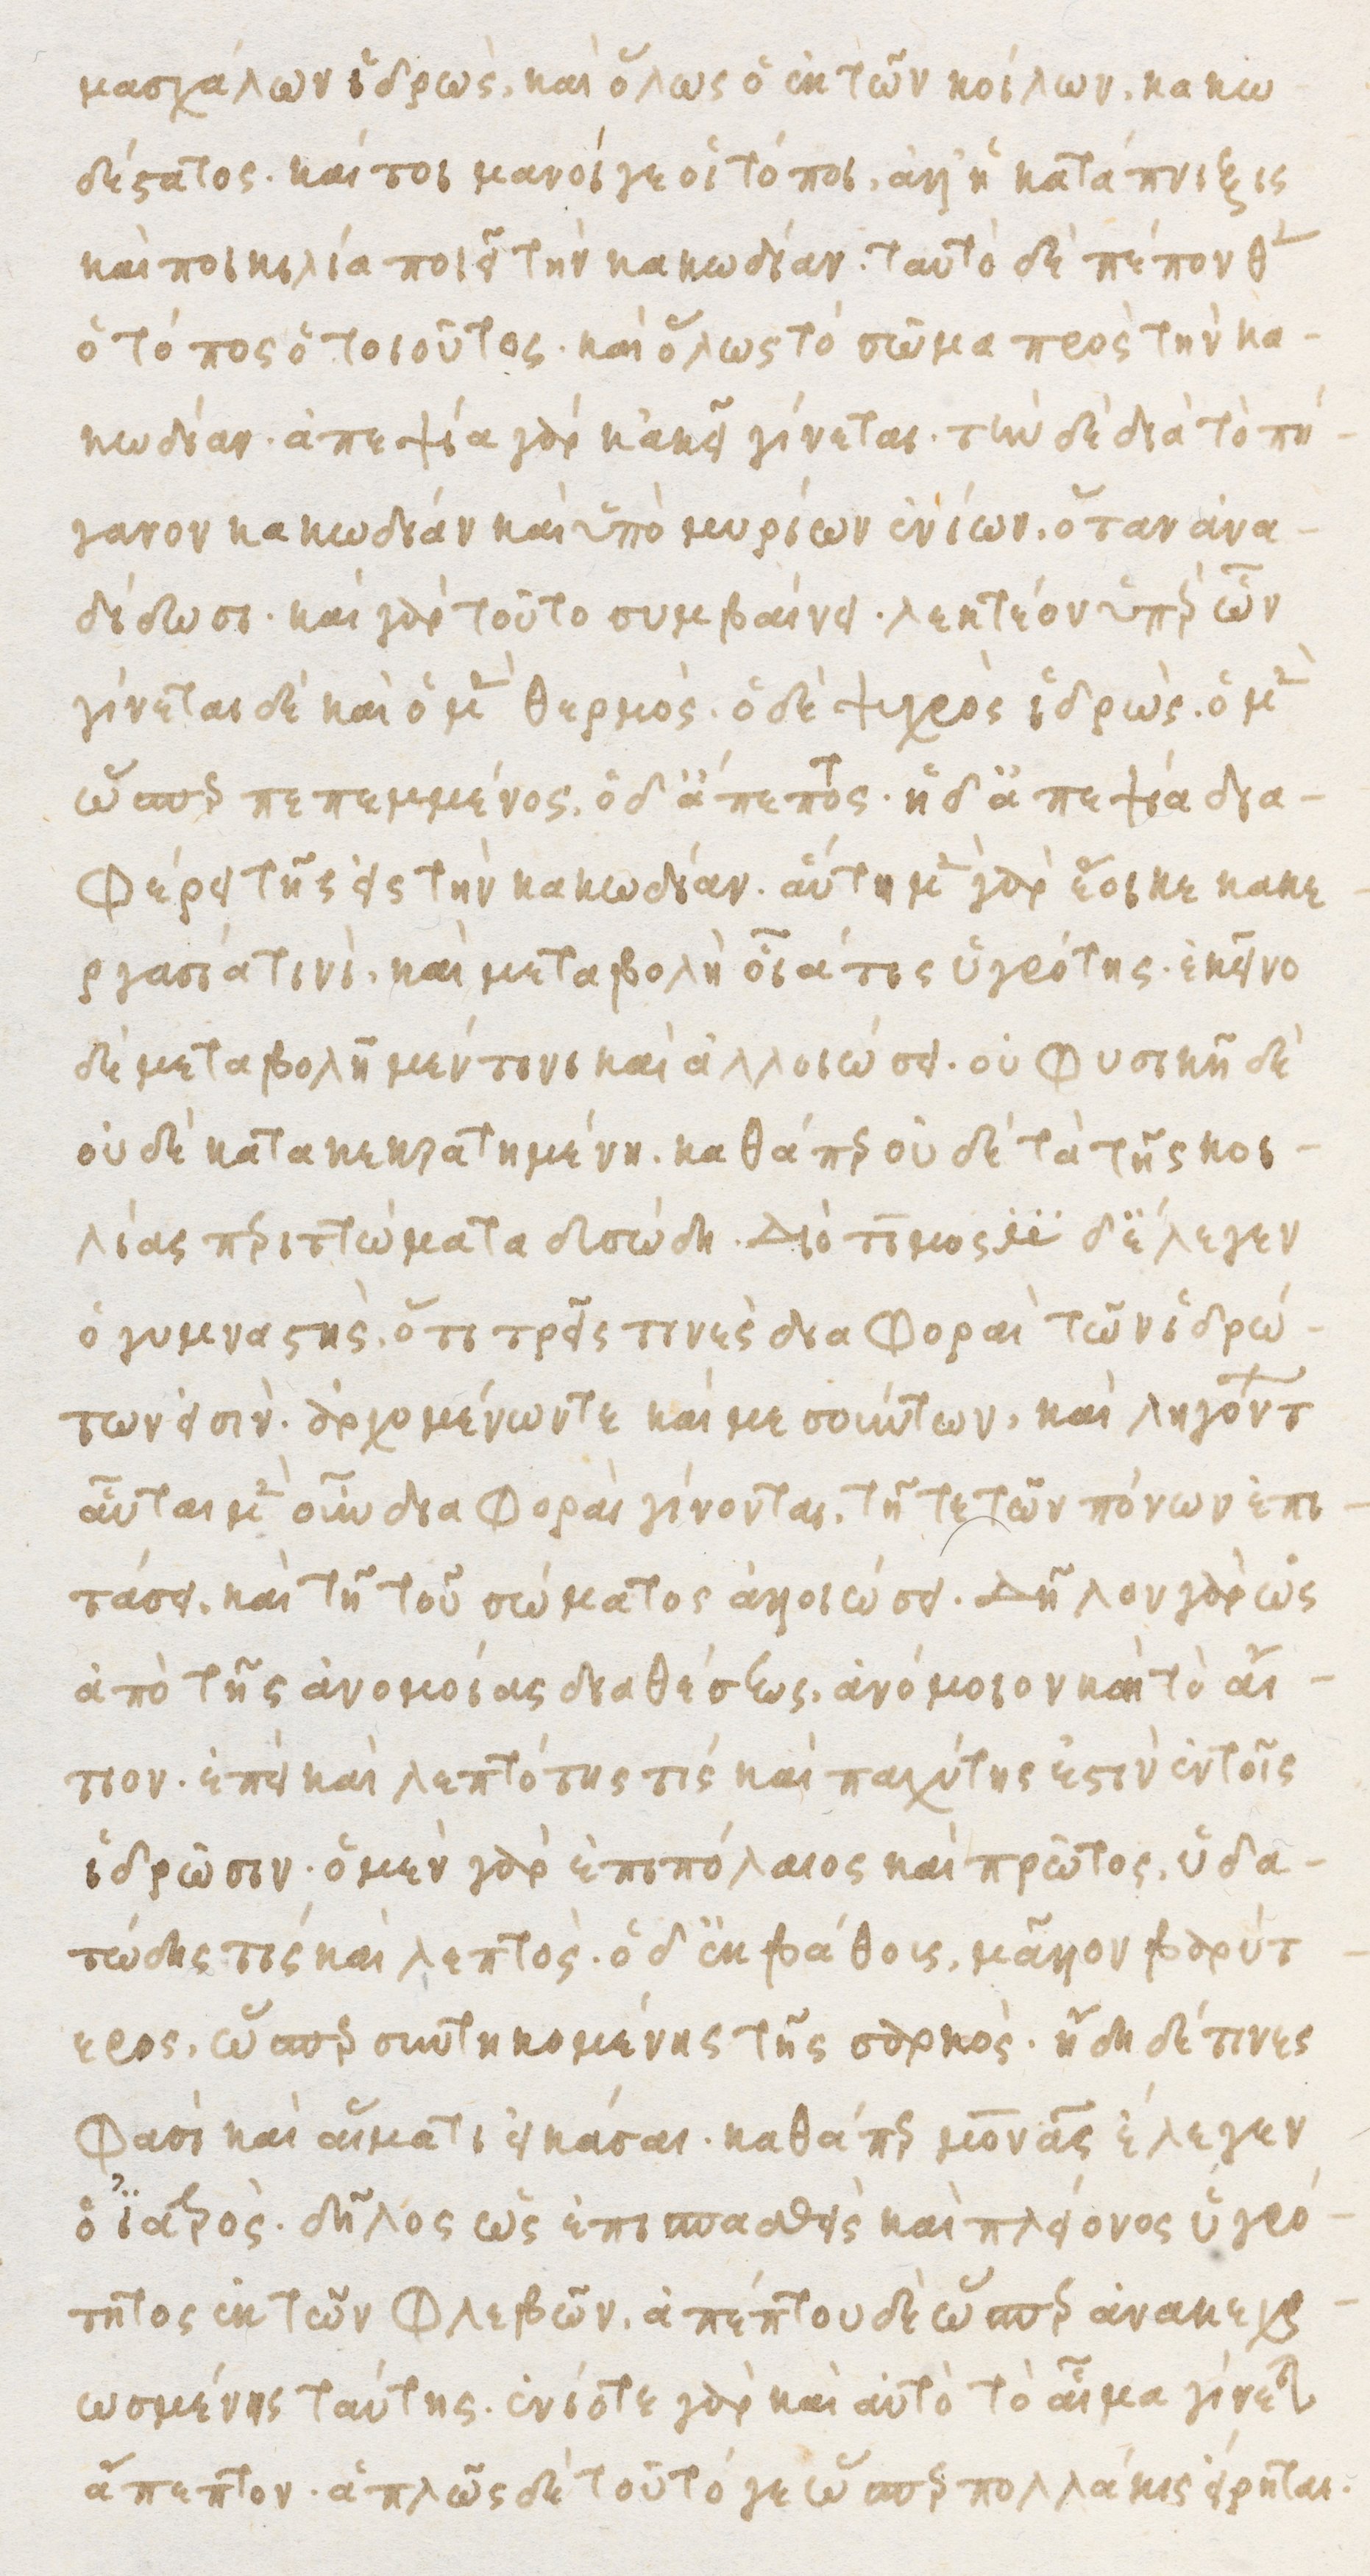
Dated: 1480–1497